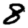
Digit: 8